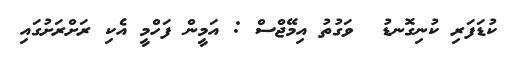
ކުޑަފަރި ކުނިގޮނޑު  ވަގުތު އިމޭޖްސް : އަމީން ފަހްމީ އެކި ރަށްރަށުގައި